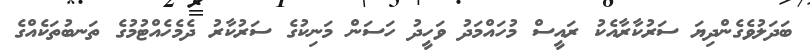
ބަދަލުވެގެންދިޔަ ސަރުކާރާއެކު ރައީސް މުހައްމަދު ވަހީދު ހަސަން މަނިކުގެ ސަރުކާރު ދެމެހެއްޓުމުގެ ތަނބުތަކެއްގެ